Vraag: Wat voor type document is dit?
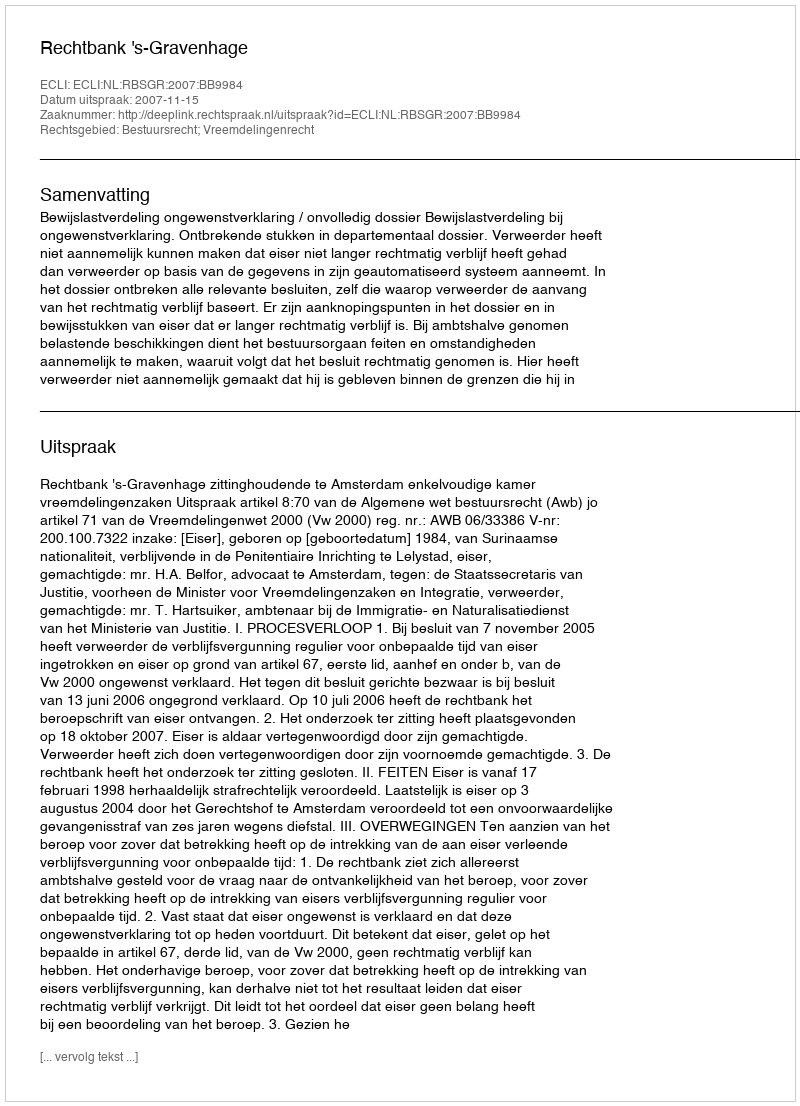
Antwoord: Uitspraak